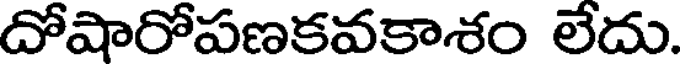
దోషారోపణకవకాశం లేదు.